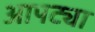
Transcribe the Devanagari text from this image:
आपट्या